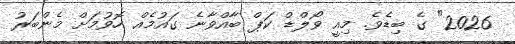
2026" ގެ ބިޑެވެ. މިއީ ވޯލްޑް ކަޕް ބާއްވާނެ ގައުމެއް ހޮވުމަށް މެންބަރު